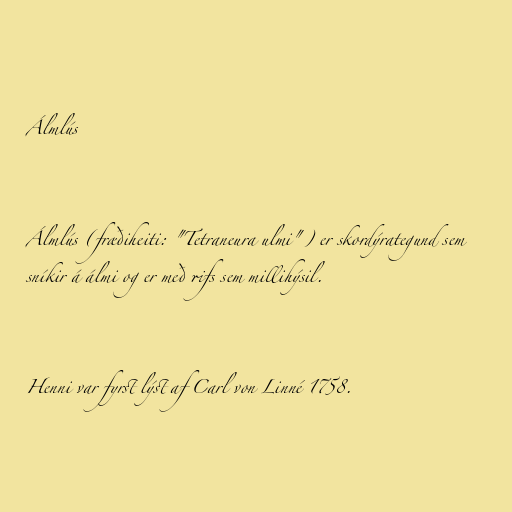
Álmlús

Álmlús (fræðiheiti: "Tetraneura ulmi") er skordýrategund sem
sníkir á álmi og er með rifs sem millihýsil.

Henni var fyrst lýst af Carl von Linné 1758.